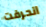
انحرفت